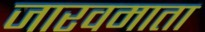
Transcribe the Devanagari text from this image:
जारवमाता